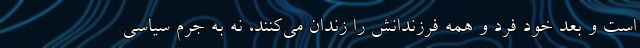
است و بعد خود فرد و همه فرزندانش را زندان می‌کنند، نه به جرم سیاسی